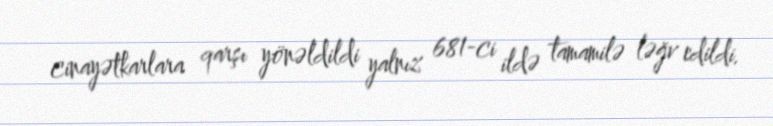
cinayətkarlara qarşı yönəldildi yalnız 681-ci ildə tamamilə ləğv edildi.